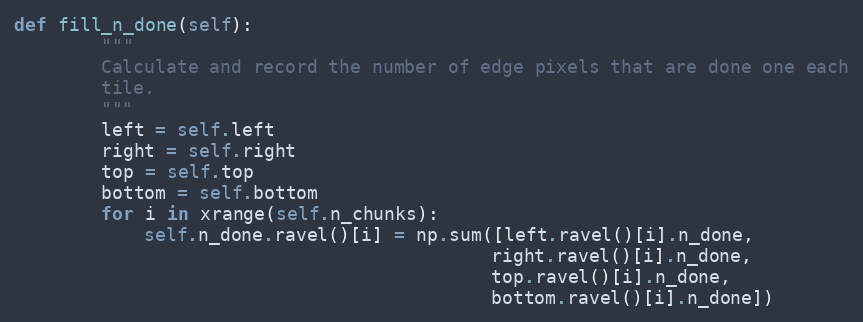
Language: Python
def fill_n_done(self):
        """
        Calculate and record the number of edge pixels that are done one each
        tile.
        """
        left = self.left
        right = self.right
        top = self.top
        bottom = self.bottom
        for i in xrange(self.n_chunks):
            self.n_done.ravel()[i] = np.sum([left.ravel()[i].n_done,
                                            right.ravel()[i].n_done,
                                            top.ravel()[i].n_done,
                                            bottom.ravel()[i].n_done])